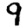
Digit: 9